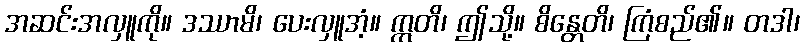
အဆင်းအလှူကို။ ဒဿာမိ၊ ပေးလှူအံ့။ ဣတိ၊ ဤသို့။ စိန္တေတိ၊ ကြံစည်၏။ တဒါ၊